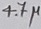
Text: 4.7µ